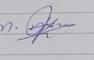
Signature authenticity: genuine